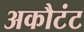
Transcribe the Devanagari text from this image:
अकौटंट